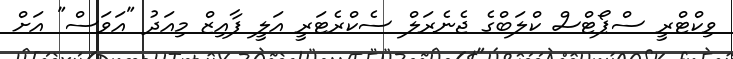
ވިކްޓްރީ ސްޕޯޓްސް ކްލަބްގެ ޖެނެރަލް ސެކްރެޓަރީ އަލީ ފާއިޒް މިއަދު "އަވަސް" އަށް